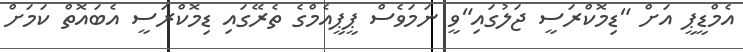
އެމްޑީޕީ އަށް "ޑިމޮކްރަސީ ޖަލުގައި"ވީ ނަމަވެސް ޕީޕީއެމްގެ ތެރޭގައި ޑިމޮކްރަސީ އެބައޮތް ކަމަށް